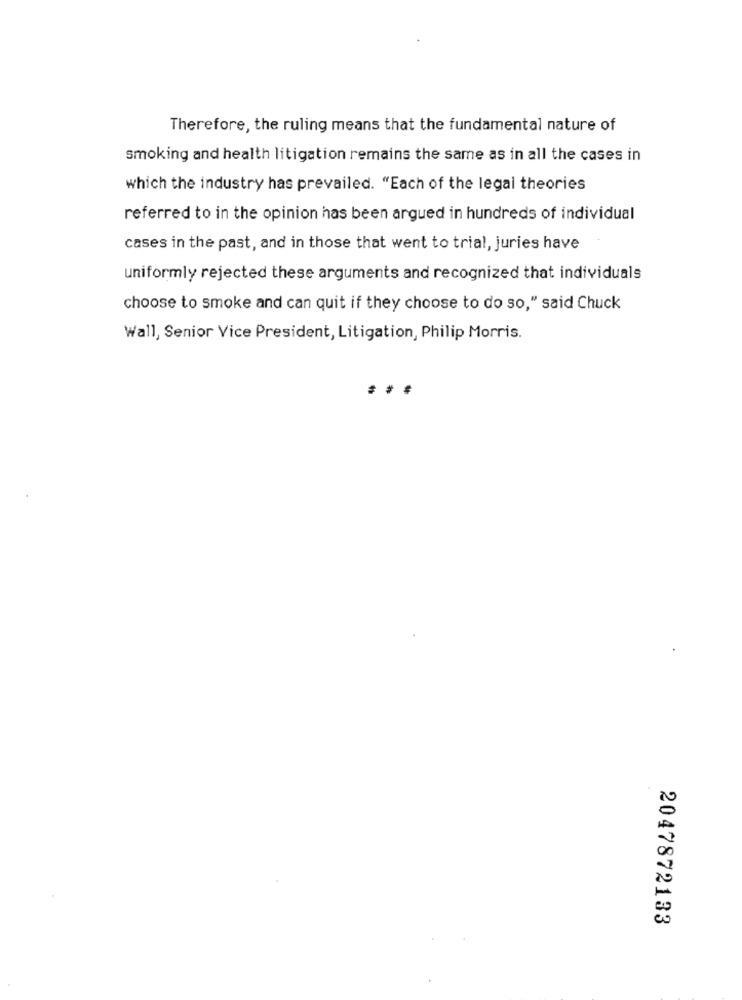
Therefore, the ruling means that the fundamental nature of
smoking and health litigation remains the same as in all the cases in
which the industry has prevailed. "Each of the legal theories
referred to in the opinion has been argued in hundreds of individual
cases in the past, and in those that went to trial, juries have
uniformly rejected these arguments and recognized that individuals
choose to smoke and can quit if they choose to do so," said Chuck
Wall, Senior Vice President, Litigation, Philip Morris.
2047872133